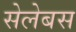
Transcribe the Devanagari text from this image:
सेलेबस